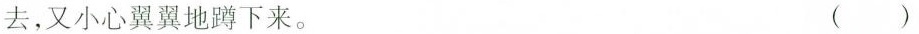
去，又小心翼翼地蹲下来。 ( )